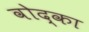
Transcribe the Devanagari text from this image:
वोद्का